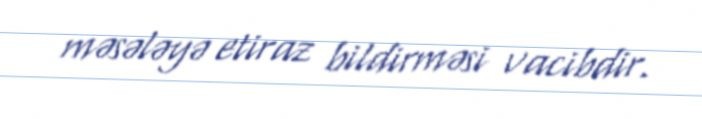
məsələyə etiraz bildirməsi vacibdir.